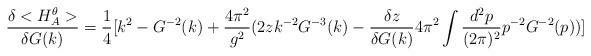
LaTeX: \begin{align*}\frac{\delta <H_A^{\theta}>}{\delta G(k)}=\frac{1}{4}[k^2-G^{-2}(k)+\frac{4\pi^2}{g^2}(2zk^{-2}G^{-3}(k)-\frac{\delta z}{\delta G(k)}4\pi^2 \int \frac{d^2p}{(2\pi)^2}p^{-2}G^{-2}(p))]\end{align*}